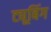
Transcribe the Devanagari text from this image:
ट्यूबिंग